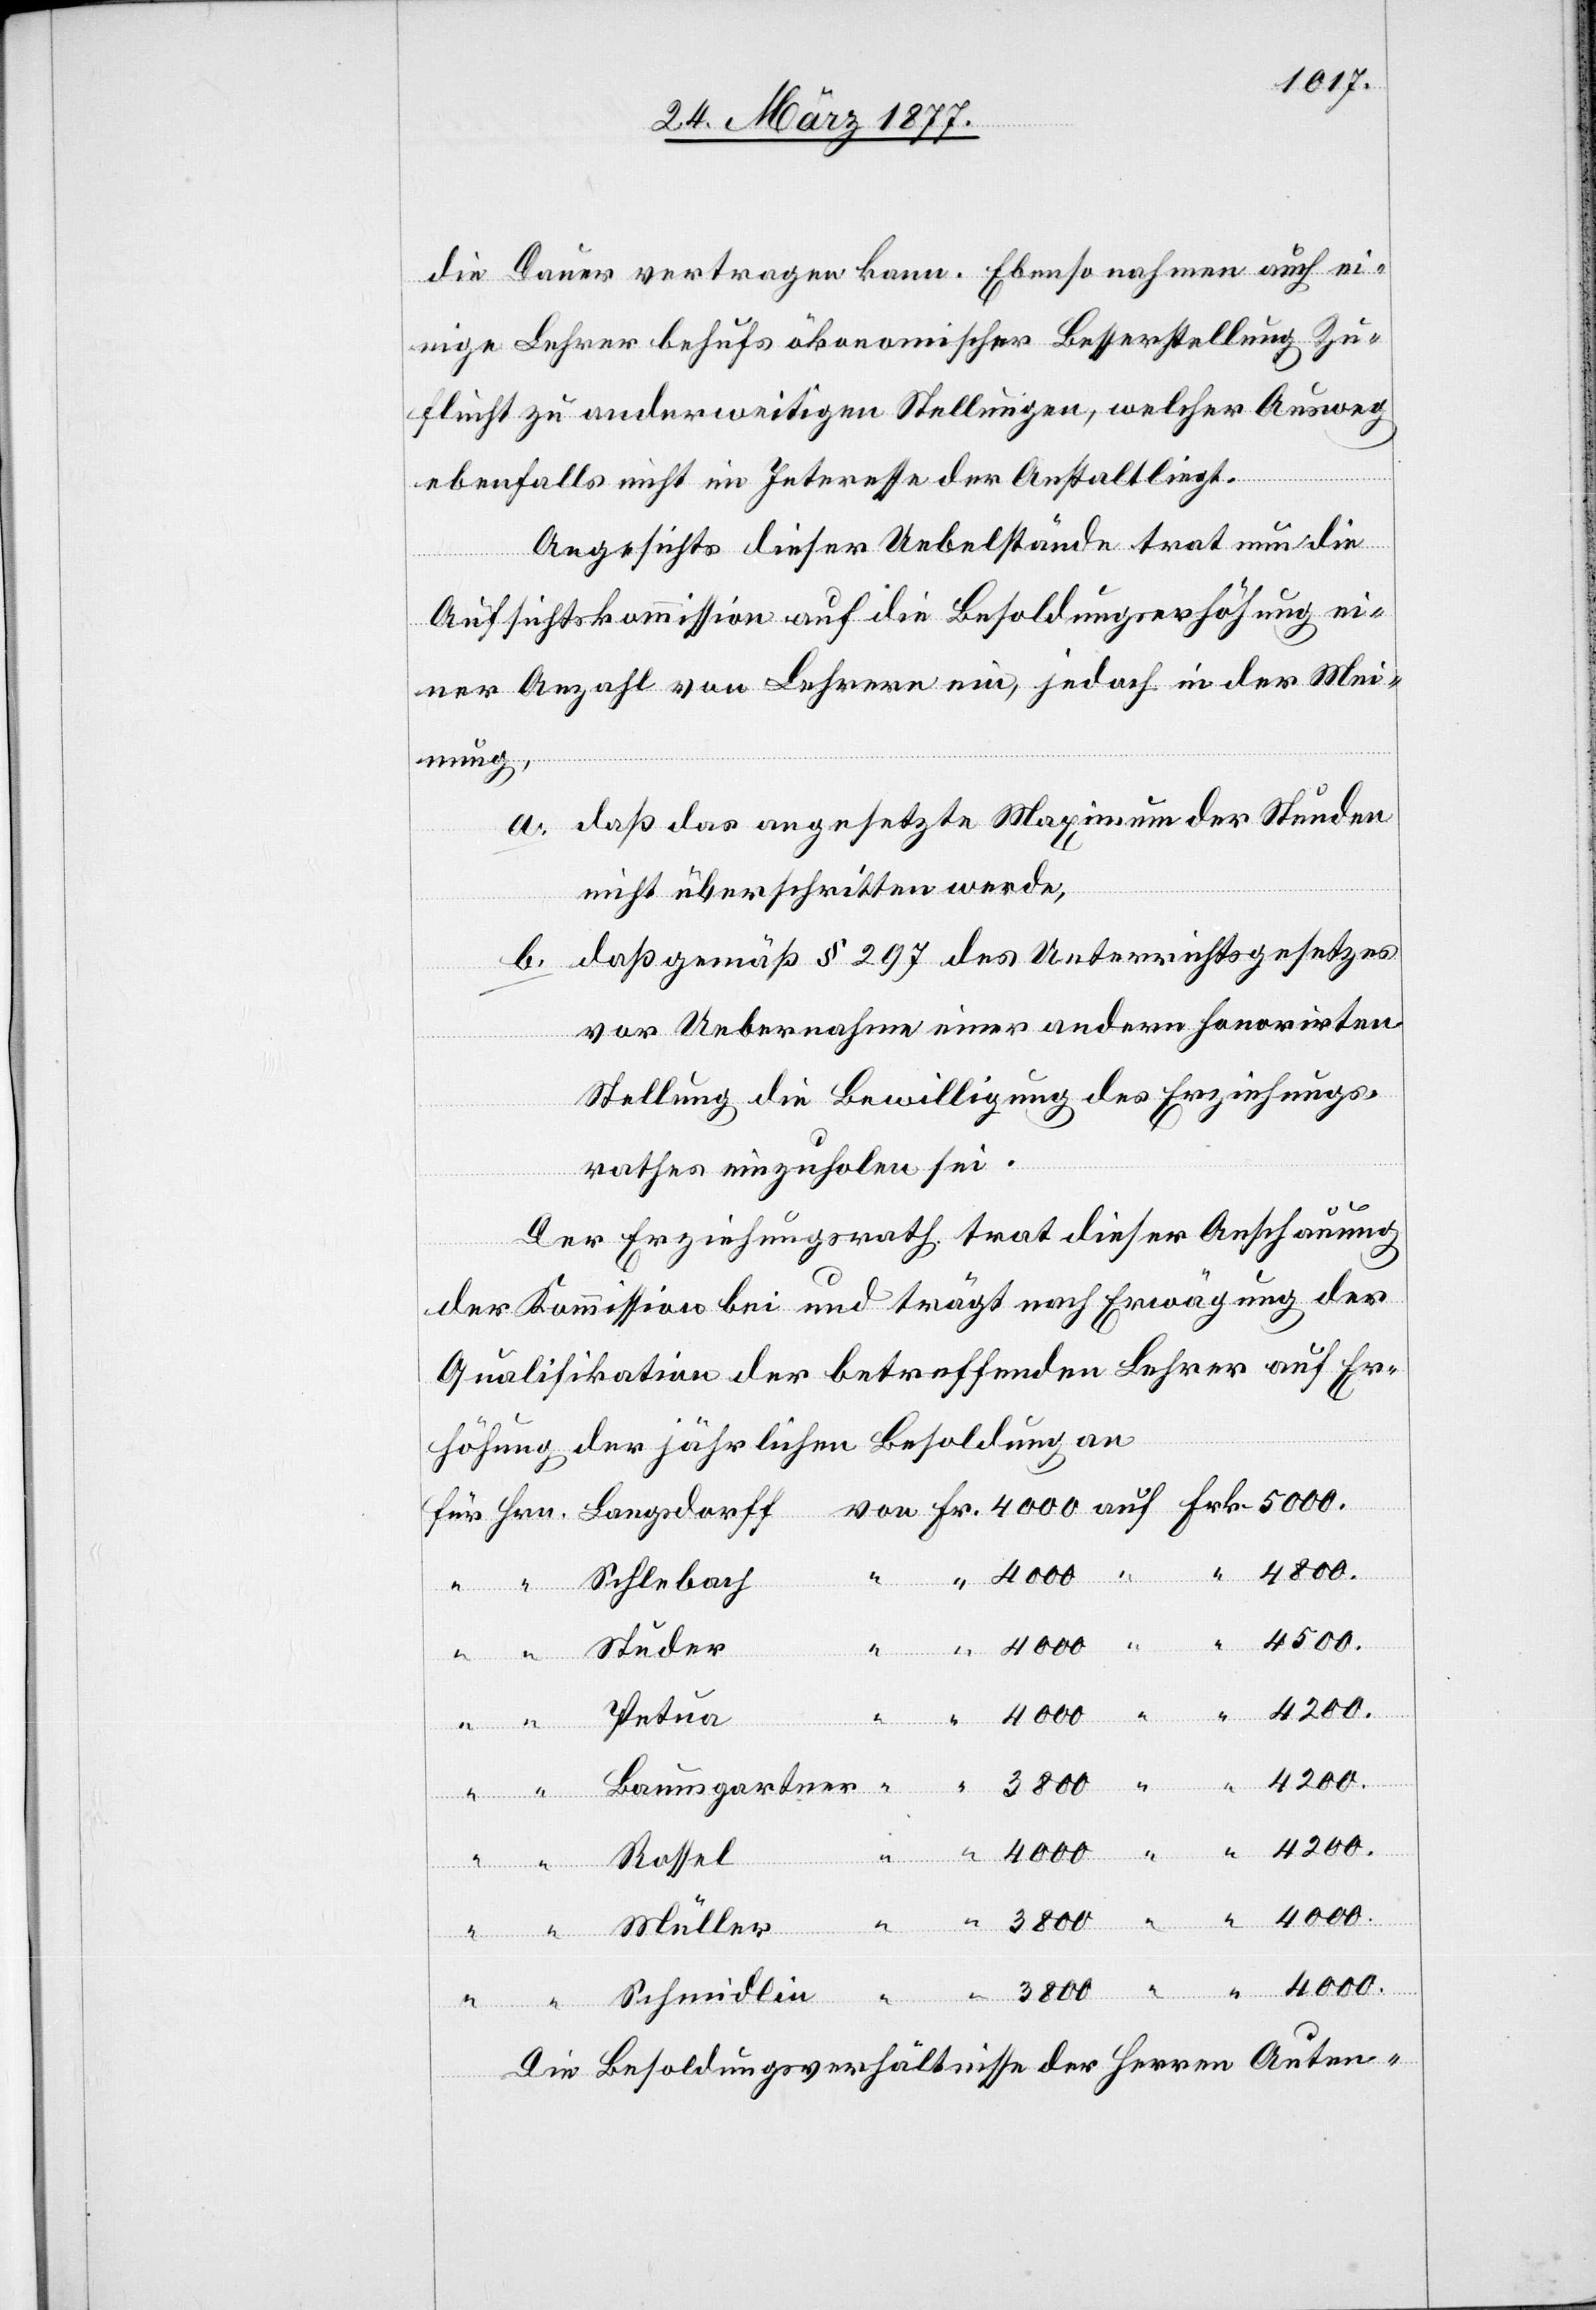
die Dauer vertragen kann. Ebenso nahmen auch ei¬
nige Lehrer behufs ökonomischer Besserstellung Zu¬
flucht zu anderweitigen Stellungen, welcher Ausweg
ebenfalls nicht im Interesse der Anstalt liegt.
Angesichts dieser Uebelstände trat nun die
Aufsichtskommission auf die Besoldungserhöhung ei¬
ner Anzahl von Lehrern ein, jedoch in der Mei¬
nung,
a. daß das angesetzte Maximum der Stunden
nicht überschritten werde,
b. daß gemäß § 297 des Unterrichtsgesetzes
vor Uebernahme einer andern honorirten
Stellung die Bewilligung des Erziehungs¬
rathes einzuholen sei.
Der Erziehungsrath trat dieser Anschauung
der Kommission bei und trägt nach Erwägung der
Qualifikation der betreffenden Lehrer auf Er¬
höhung der jährlichen Besoldung an
4000.
midlin
Schlebach
4200.
Studer
3800
Petua
Müller
“
Die Besoldungsverhältnisse der Herren Auten-